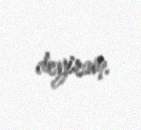
deyirəm.